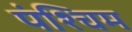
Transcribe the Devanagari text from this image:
पंश्चिम